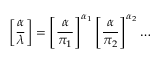
\left[ { \frac { \alpha } { \lambda } } \right] = \left[ { \frac { \alpha } { \pi _ { 1 } } } \right] ^ { \alpha _ { 1 } } \left[ { \frac { \alpha } { \pi _ { 2 } } } \right] ^ { \alpha _ { 2 } } \dots